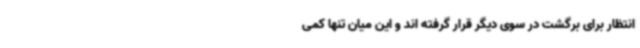
انتظار برای برگشت در سوی دیگر قرار گرفته اند و این میان تنها کمی